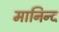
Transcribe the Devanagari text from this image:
मानिन्द